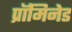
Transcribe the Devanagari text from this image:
प्रॉमिनेड